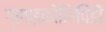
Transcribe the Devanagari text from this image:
ग्लाइकोलिपिडों